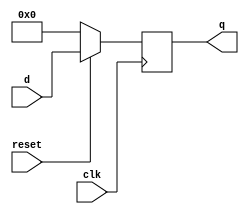
module parameterized_register #(
    parameter N = 8,                // Bit-width of the register
    parameter RESET_ACTIVE = 1'b0   // Reset active level (1'b0 for active-low, 1'b1 for active-high)
) (
    input wire clk,                 // Clock signal
    input wire reset,               // Reset signal
    input wire [N-1:0] d,          // Input data signal
    output reg [N-1:0] q            // Output data signal
);

    // Synchronous logic for register operation
    always @(posedge clk) begin
        // Check reset condition based on RESET_ACTIVE parameter
        if (RESET_ACTIVE ? reset : ~reset) begin
            // If reset is active, initialize q to zero
            q <= {N{1'b0}}; // Zero initialization of width N
        end else begin
            // If reset is inactive, assign input d to output q
            q <= d;
        end
    end

endmodule